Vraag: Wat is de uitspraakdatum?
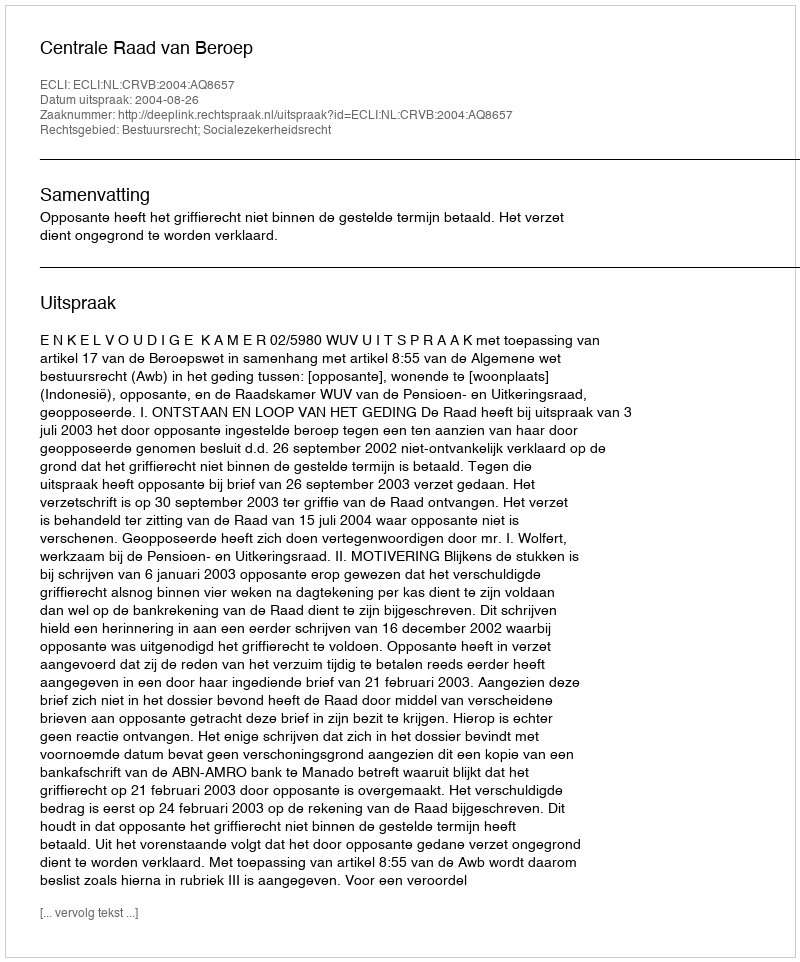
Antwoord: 2004-08-26